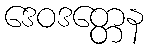
ဒေဝဒတ္တေန